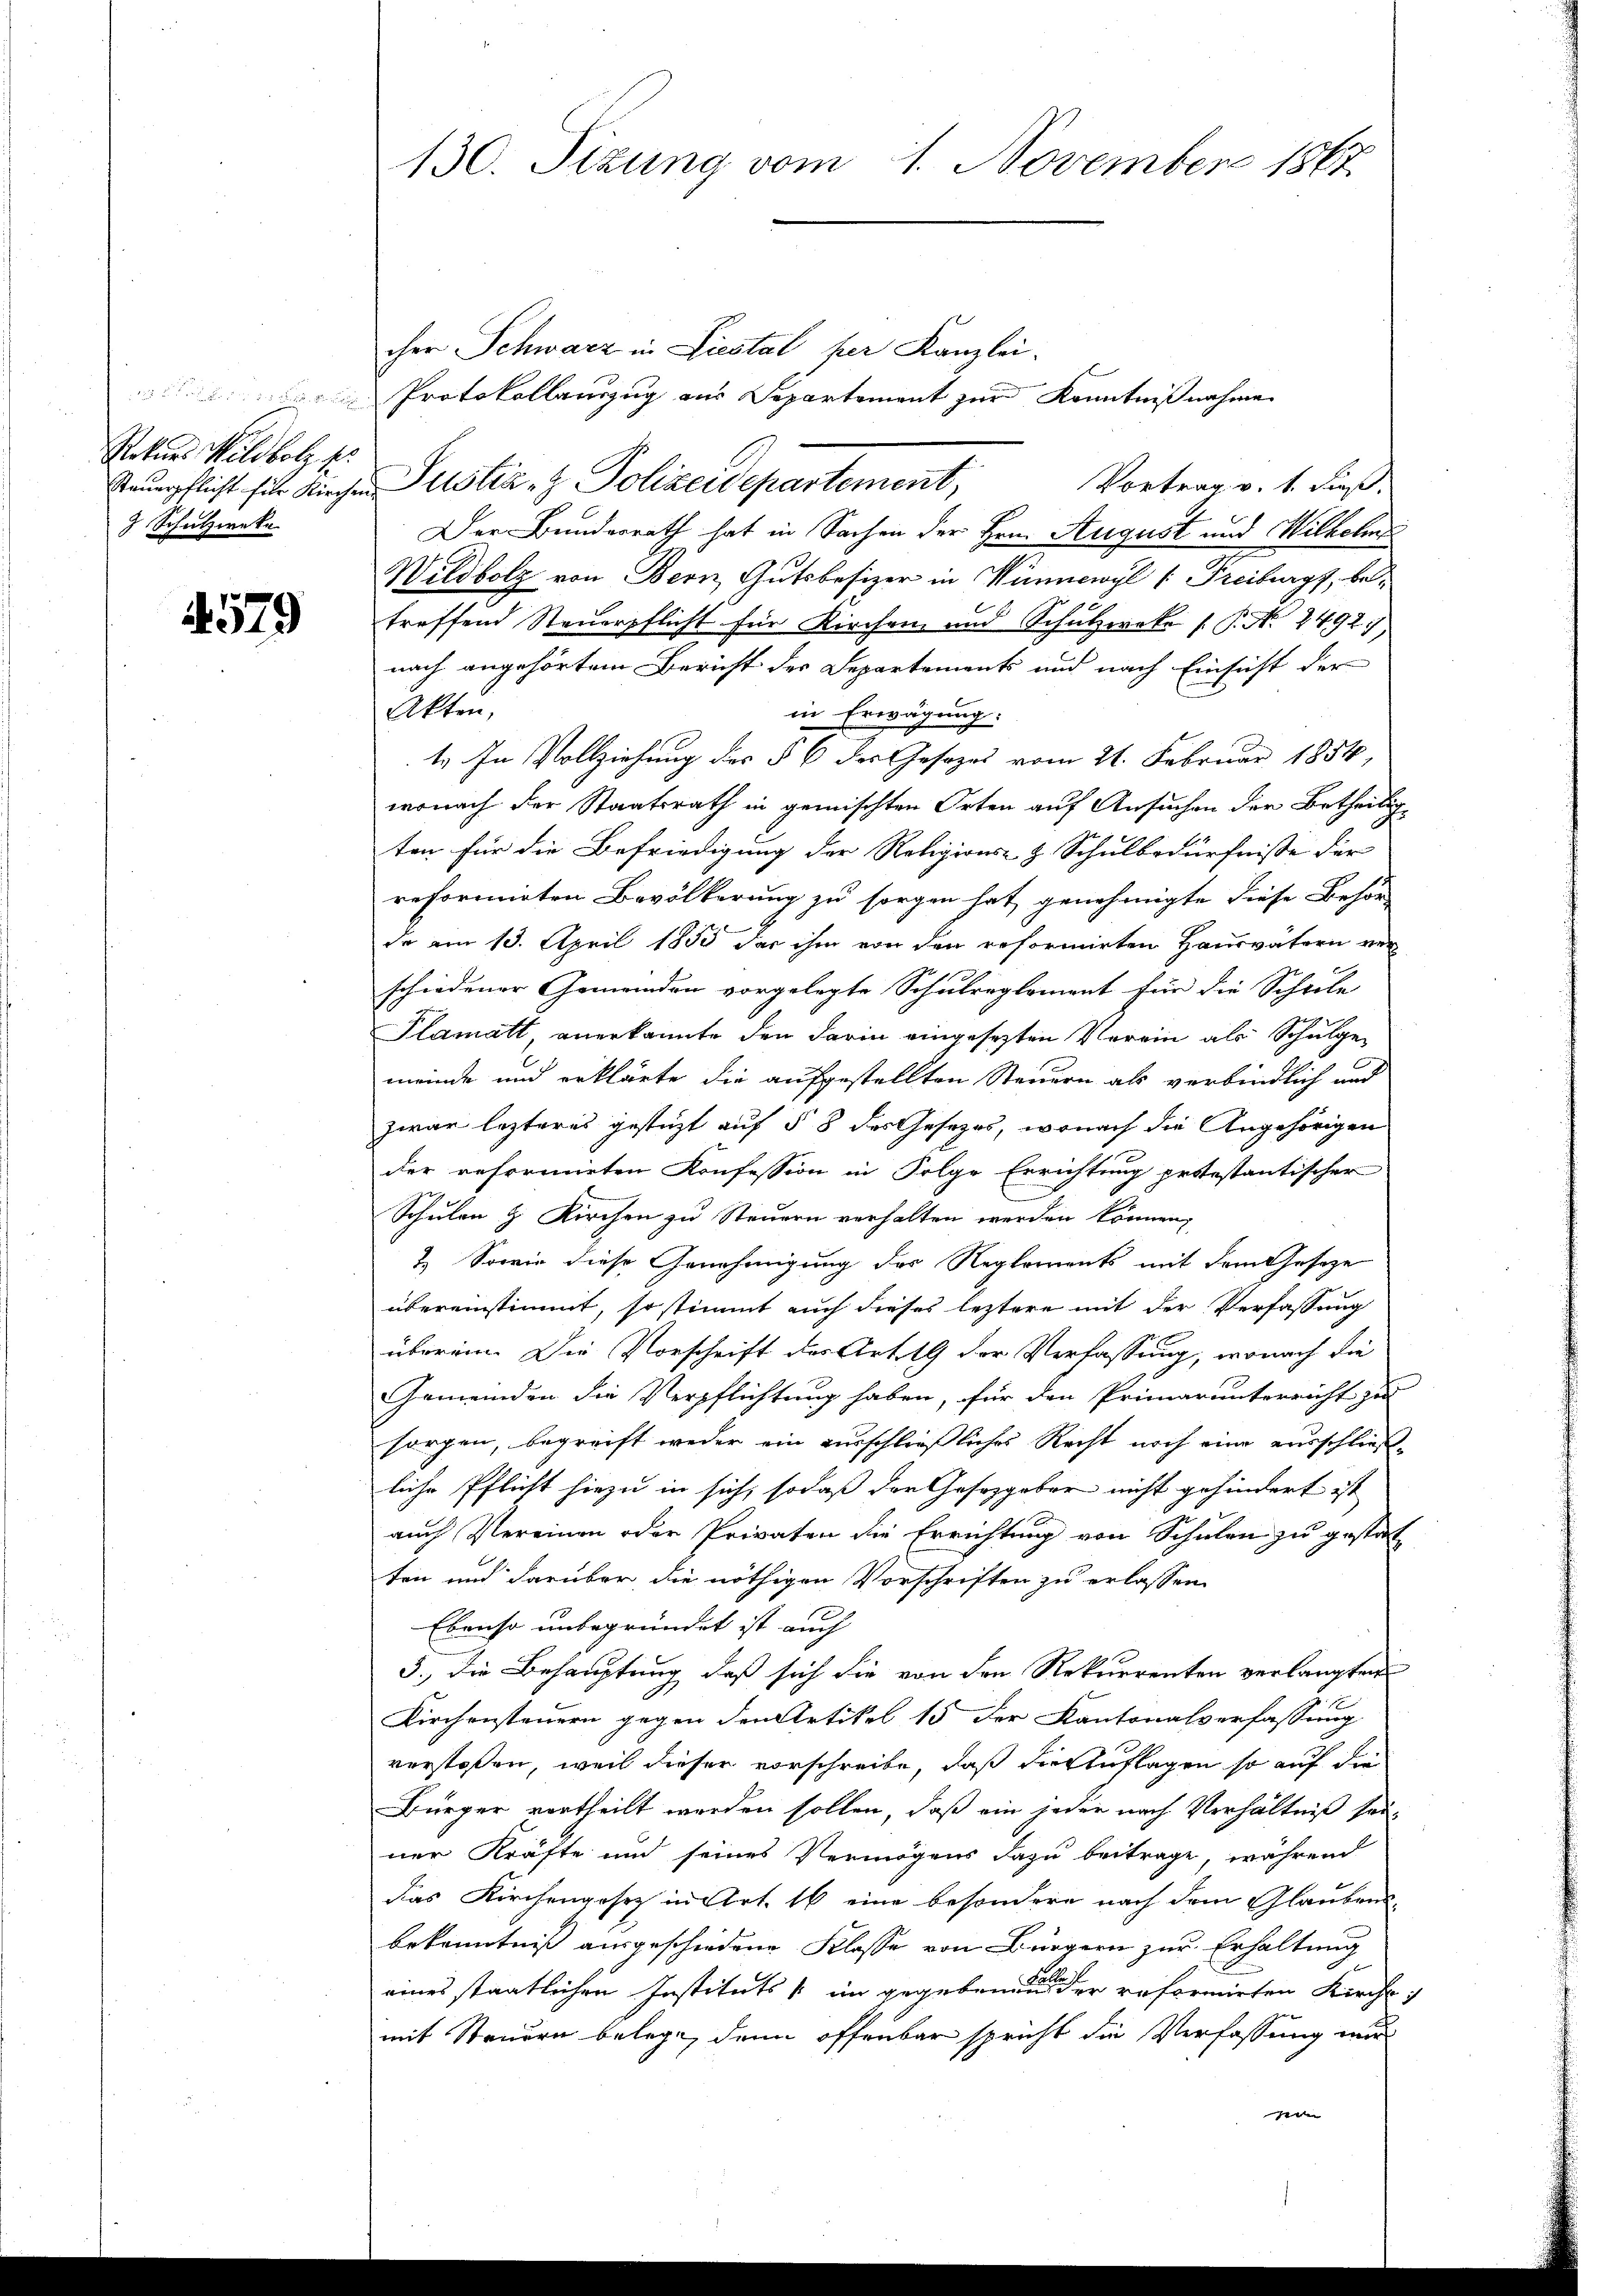
Rekurs Wildbolz ses
3 Schutzweke

4579

130. Sizung vom 1. November 1867

cher Schwarz in Liestal per Kanzlei.
Protokollauszug aus Separtement zur Kenntnißnahme
steŭerpflicht für Kirchen Justiz- & Polizeidepartement,
Vortrag v. 1. dieß.
Der Bunderrath hat in Sachen der Hrn. August und Wilhelm
Wildbolz von Bern, Gutsbesizer in Wünnewyl (Freiburg, betreffend Steuerpflicht für Kirchen, und Schulzweke [P. No. 24927)
nach angehörtem Bericht der Departements und nach Einsicht der
Akten,
in Erwägung:
t. In Vollziehung des § 6 des Gesezes vom 21. Februar 1854,
wonach der Staatsrath in gemischten Orten auf Ansuchen der Betheilig
ten für die Befriedigung der Religions- & Schulbedürfnisse der
reformieten Bevölkerung zu sorgen hat, genehmigte diese Behör
de am 13. April 1858 das ihm von den reformirten Hausvätern ver
schiedener Gemeinden vorgelegte Schulreglement für die Scheile
Plamatt, anerkannte den darin eingesezten Verein als Schulgemeinde und erklärte die aufgestellten Steuern als verbindlich und
zwar lezteres gestüzt auf § 8 des Gesezes, wonach die Angehörigen
der reformieten Konfession in Folge Errichtung protestantischer
Schulen & Kirchen zu Steuern verhalten werden können,
1. Sowie diese Genehmigung des Reglements mit dem Geseze
übereinstimmt, so stimmt auch dieses leztere mit der Verfassung
überein. Die Vorschrift des Art. 19 der Verfassung, wonach die
Gemeinden die Verpflichtung haben, für den Primarunterricht zu
sorgen, begreift weder ein ausschließliches Recht noch eine ausschließliche Pflicht hiezu in sich, sodaß der Gesetzgeber nicht gehindert ist
auch Vereinen oder Privaten die Errichtung von Schulen zu gestat-
ten und darüber die nöthigen Vorschriften zu erlassen
Ebenso unbegründet ist auch
5., die Behauptung, daß sich die von den Rekurrenten verlangten
Kirchensteuern gegen den Artikel 15 der Kantonalverfassung
verstoßen, weil dieser vorschreibe, daß die Auflagen so auf die
Bürger vortheilt werden sollen, daß ein jeder nach Verhältniß seiner Kräfte und seines Vermögens dazu beitrage, während
das Kirchengesetz in Art. 16 eine besondere nach dem Glaubensbekenntniß ausgeschiedene Klasse von Bürgern zur Erhaltung
eines staatlichen Instituts im gegebenen einen der reformirten Kirche
mit Steuern belege, denn offenbar spricht die Verfassung nur
eren |